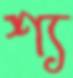
শ্য